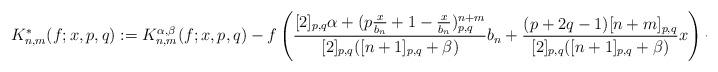
LaTeX: \begin{align*}K_{n,m}^{*}(f;x,p,q):=K_{n,m}^{\alpha,\beta}(f;x,p,q)-f\left(\dfrac{[2]_{p,q}\alpha+(p\frac{x}{b_n}+1-\frac{x}{b_n})_{p,q}^{n+m}}{[2]_{p,q}([n+1]_{p,q}+\beta)}b_n+\dfrac{(p+2q-1)[n+m]_{p,q}}{[2]_{p,q}([n+1]_{p,q}+\beta)}x\right)+f(x).\end{align*}